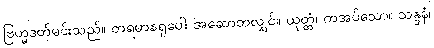
ဗြဟ္မဒတ်မင်းသည်။ တရမာနရူပေါ၊ အဆောတလျှင်။ ယုတ္တံ၊ ကအပ်သော။ သန္ဒနံ၊